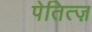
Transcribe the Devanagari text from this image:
पेतित्ज़